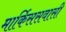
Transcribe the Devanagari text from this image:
मार्किससवासी